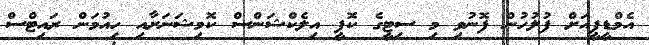
އެމްޑީޕީއަށް ފުލުހުން ފޮނުވި މި ސިޓީގެ ކޮޕީ އިލެކްޝަންސް ކޮމިޝަނަށާއި ހިއުމަން ރައިޓްސް